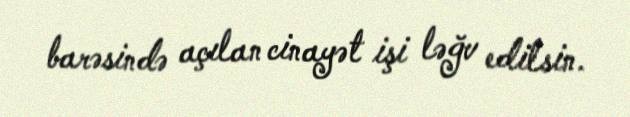
barəsində açılan cinayət işi ləğv edilsin.